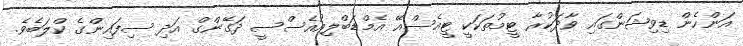
އަންހެން ޑިވިޝަންގައި ވާދަކުރާ ޓީމުތަކަކީ ޓީއެސްއޭ އެމްޑަބްލިއުއެސްސީ ދަގޭންގް އަދި ސިފައިންގެ ކްލަބެވެ.